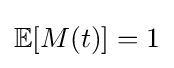
\mathbb {E} [M(t)]=1